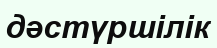
дәстүршілік